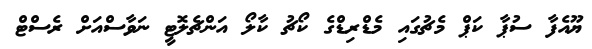
ޔޫއެފާ ސުޕާ ކަޕް މެޗުގައި މެޑްރިޑްގެ ކޯޗު ކާލޯ އަންޗެލޮޓީ ނަވާސްއަށް ރެސްޓް